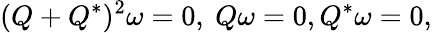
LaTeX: (Q+Q^{*})^{2}\omega=0,\ Q\omega=0,Q^{*}\omega=0,